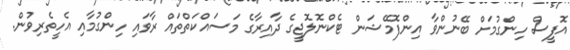
އޮފީސް ހިންގުމަށް ބޭނުންވާ އިންފޮމޭޝަން ޓެކްނޮލޮޖީގެ ދާއިރާގެ މަސައްކަތްތައް ރާވައި ހިންގުމާއި އެހީތެރިވުން.